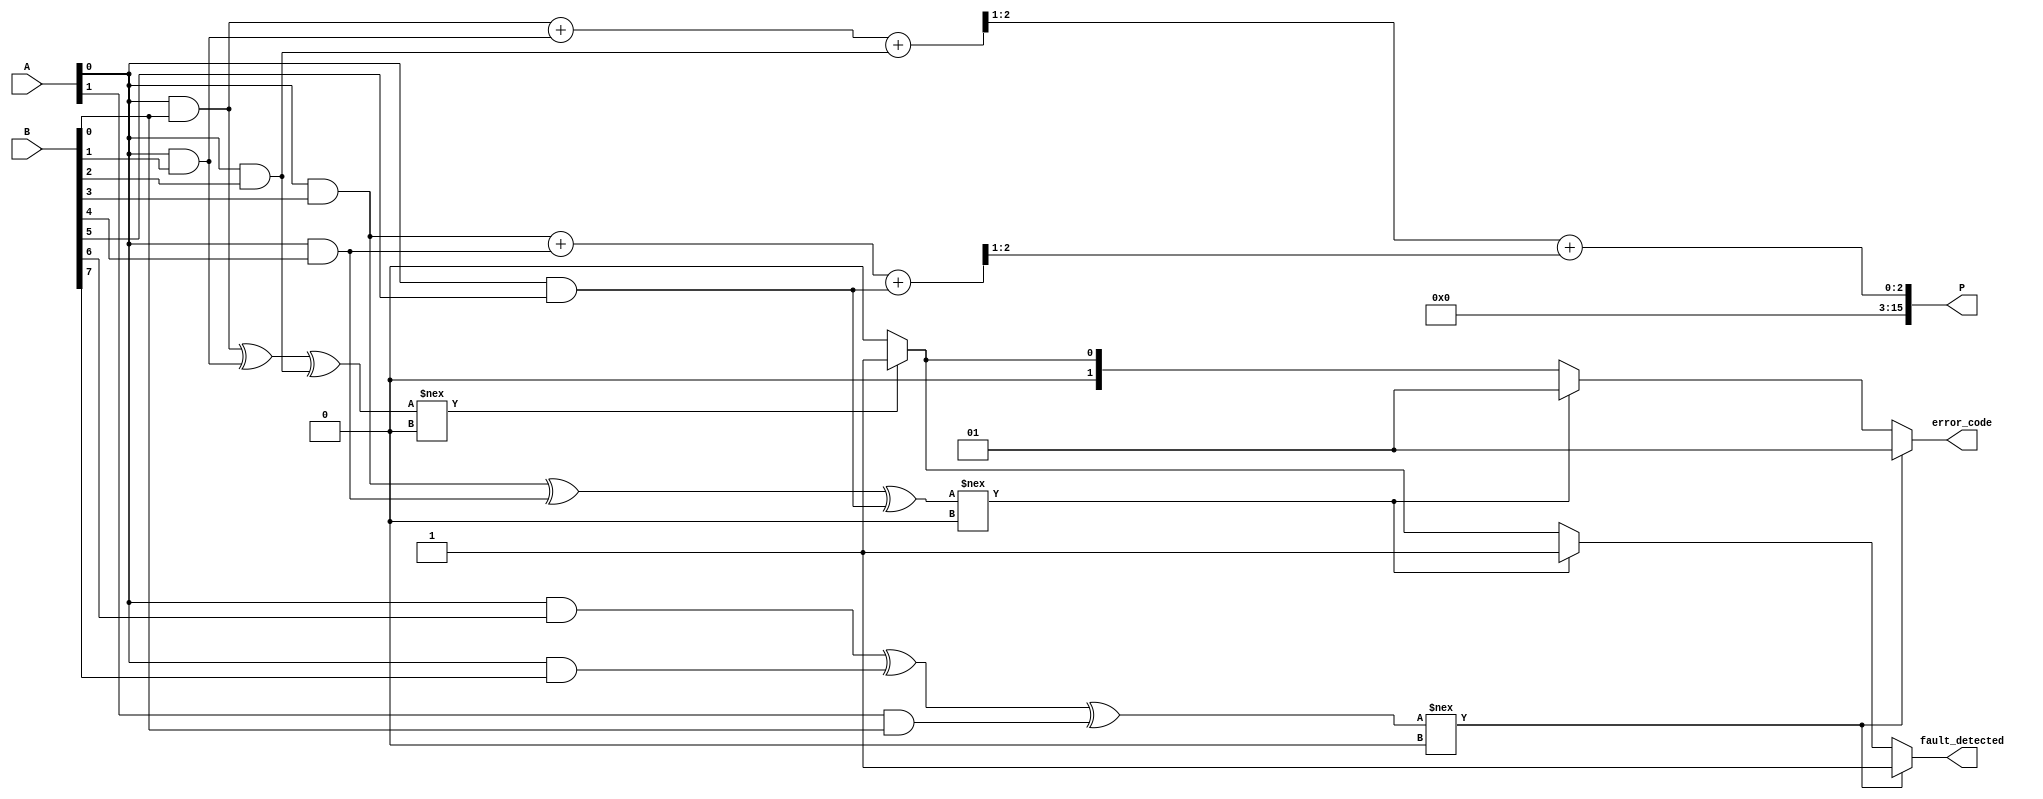
module Fault_Tolerant_Wallace_Tree_Multiplier #(parameter WIDTH = 8)(
    input [WIDTH-1:0] A,        // Multiplicand
    input [WIDTH-1:0] B,        // Multiplier
    output [2*WIDTH-1:0] P,     // Product
    output reg fault_detected,   // Fault detection flag
    output reg [1:0] error_code  // Error code for fault management
);

// Intermediate Signals
wire [(WIDTH*WIDTH)-1:0] partial_products;
wire [WIDTH-1:0] summed_rows[0:WIDTH]; // Array of sums at each reduction level
wire [WIDTH-1:0] final_sum;

// Generate Partial Products
genvar i, j;
generate
    for (i = 0; i < WIDTH; i = i + 1) begin : pp_gen
        for (j = 0; j < WIDTH; j = j + 1) begin : pp_gen_inner
            assign partial_products[i*WIDTH + j] = A[i] & B[j];
        end
    end
endgenerate

// Wallace Tree Reduction
integer k;
always @(*) begin
    fault_detected = 0;
    error_code = 2'b00; // No error

    // Reduction logic
    for (k = 0; k < WIDTH; k = k + 1) begin
        // Add three bits at a time
        if (k % 3 == 0) begin
            // Directly add three bits together using half and full adders
            {summed_rows[k/3], carry} = partial_products[k] + partial_products[k+1] + partial_products[k+2];
            // Introduce basic fault detection here (parity, etc. can be implemented)
            if ((partial_products[k] ^ partial_products[k+1] ^ partial_products[k+2]) !== 1'b0) begin
                fault_detected = 1;
                error_code = 2'b01; // Error code example
            end
        end
    end
end

// Final Addition
// Final sum using a simple adder - in practice, use a more optimized adder.
assign final_sum = summed_rows[0] + summed_rows[1];

// Assign Product Output
assign P = final_sum;

endmodule